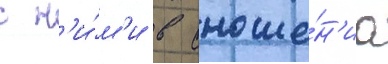
с н'и́м'и в сноше́н'иа